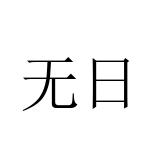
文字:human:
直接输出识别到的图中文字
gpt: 无日